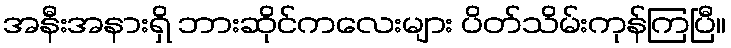
အနီးအနားရှိ ဘားဆိုင်ကလေးများ ပိတ်သိမ်းကုန်ကြပြီ။